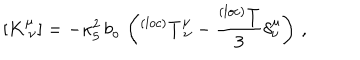
LaTeX: [ K _ { ~ \nu } ^ { \mu } ] = - \kappa _ { 5 } ^ { 2 } \, b _ { o } \, \left( ^ { ( l o c ) } T _ { ~ \nu } ^ { \mu } - \frac { ^ { ( l o c ) } T } { 3 } \delta _ { \nu } ^ { \mu } \right) \, ,